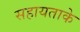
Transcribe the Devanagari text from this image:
सहायताके